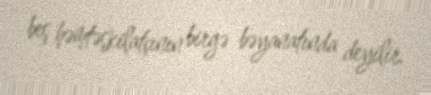
beş həmtəşkilatçının birgə bəyanatında deyilir.